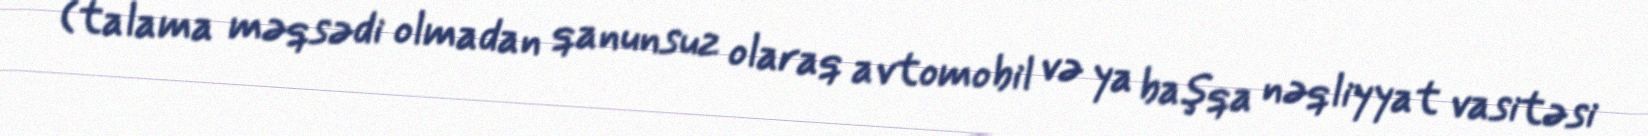
(talama məqsədi olmadan qanunsuz olaraq avtomobil və ya başqa nəqliyyat vasitəsi